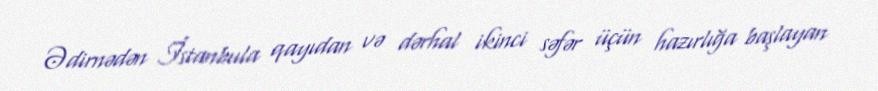
Ədirnədən İstanbula qayıdan və dərhal ikinci səfər üçün hazırlığa başlayan